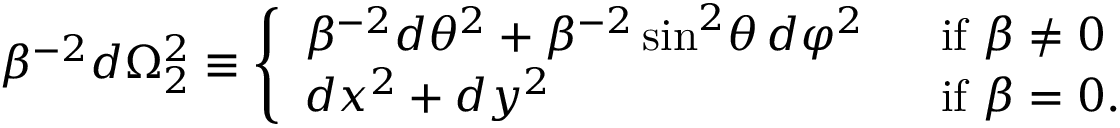
\beta ^ { - 2 } d \Omega _ { 2 } ^ { 2 } \equiv \left\{ \begin{array} { l l } { { \beta ^ { - 2 } d \theta ^ { 2 } + \beta ^ { - 2 } \sin ^ { 2 } \! \theta \, d \varphi ^ { 2 } \ \ } } & { { { \mathrm { i f ~ } } \beta \neq 0 } } \\ { { d x ^ { 2 } + d y ^ { 2 } } } & { { { \mathrm { i f ~ } } \beta = 0 . } } \end{array} \right.